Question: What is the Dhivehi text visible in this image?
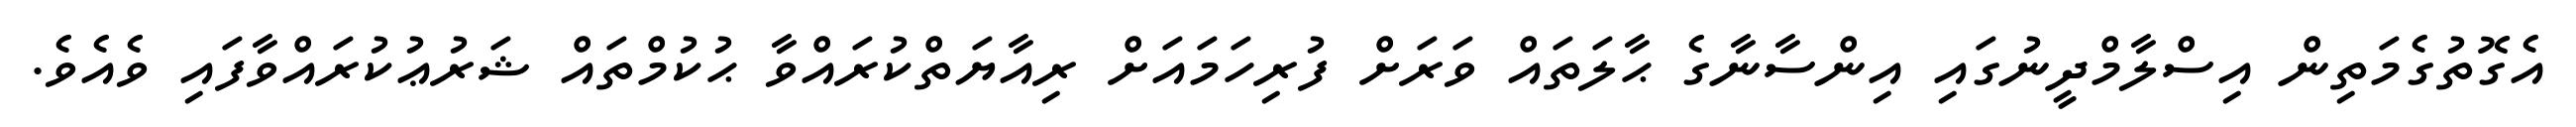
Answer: އެގޮތުގެމަތިން އިސްލާމްދީނުގައި އިންސާނާގެ ޙާލަތައް ވަރަށް ފުރިހަމައަށް ރިއާޔަތްކުރައްވާ ޙުކުމްތައް ޝަރުޢުކުރައްވާފައި ވެއެވެ.